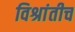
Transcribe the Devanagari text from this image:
विश्रांतीच